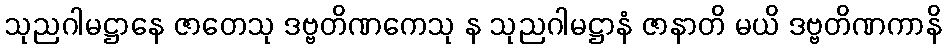
သုညဂါမဋ္ဌာနေ ဇာတေသု ဒဗ္ဗတိဏကေသု န သုညဂါမဋ္ဌာနံ ဇာနာတိ မယိ ဒဗ္ဗတိဏကာနိ